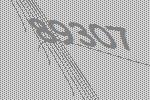
89307